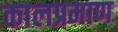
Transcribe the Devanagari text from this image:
कालप्रमाण